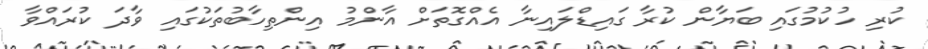
ކުރި ހުކުމުގައި ބަޔާން ކުރާ ގައިޑްލައިނާ އެއްގޮތަށް އާންމު އިންތިހާބުތަކުގައި ވާދަ ކުރައްވާ